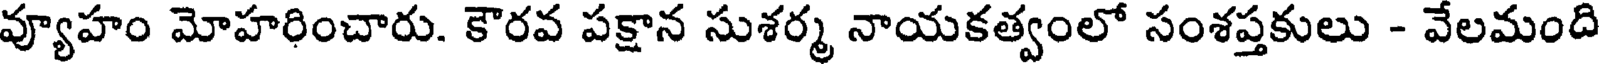
వ్యూహం మోహరించారు. కౌరవ పక్షాన సుశర్మ నాయకత్వంలో సంశప్తకులు - వేలమంది